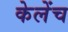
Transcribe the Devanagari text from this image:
केलेंच